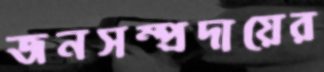
জনসম্প্রদায়ের